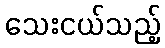
သေးငယ်သည့်